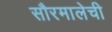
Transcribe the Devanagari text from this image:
सौरमालेची